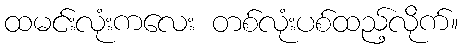
ထမင်းလုံးကလေး တစ်လုံးပစ်ထည့်လိုက်။